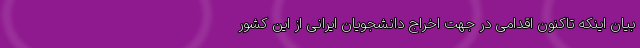
بیان اینکه تاکنون اقدامی در جهت اخراج دانشجویان ایرانی از این کشور